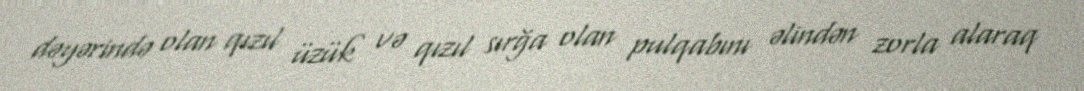
dəyərində olan qızıl üzük və qızıl sırğa olan pulqabını əlindən zorla alaraq